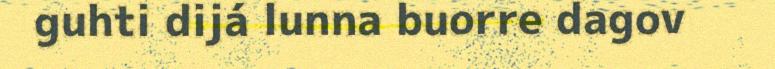
guhti dijá lunna buorre dagov